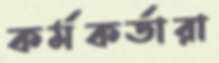
কর্মকর্তারা